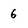
Character: 6